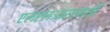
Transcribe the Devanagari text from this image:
एलएलआरएमसी